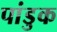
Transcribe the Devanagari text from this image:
पांडुक